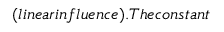
( l i n e a r i n f l u e n c e ) . T h e c o n s t a n t